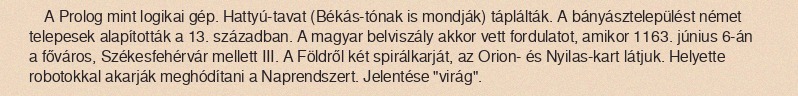
A Prolog mint logikai gép. Hattyú-tavat (Békás-tónak is mondják) táplálták. A bányásztelepülést német telepesek alapították a 13. században. A magyar belviszály akkor vett fordulatot, amikor 1163. június 6-án a főváros, Székesfehérvár mellett III. A Földről két spirálkarját, az Orion- és Nyilas-kart látjuk. Helyette robotokkal akarják meghódítani a Naprendszert. Jelentése "virág".